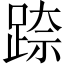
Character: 𮛢